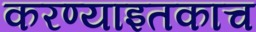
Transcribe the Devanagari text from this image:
करण्याइतकाच